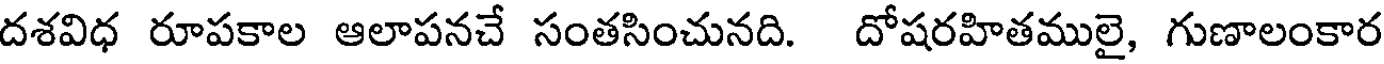
దశవిధ రూపకాల ఆలాపనచే సంతసించునది. దోషరహితములై, గుణాలంకార